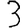
Digit: 3